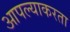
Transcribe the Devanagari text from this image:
आपल्याकरता